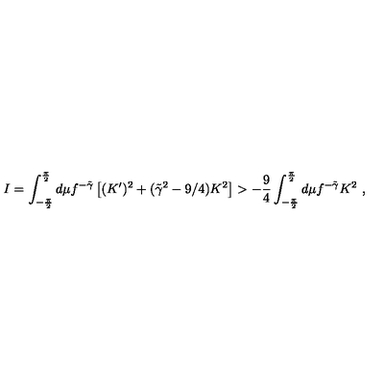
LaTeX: I = \int _ { - { \frac { \pi } { 2 } } } ^ { \frac { \pi } { 2 } } d \mu f ^ { - \tilde { \gamma } } \left[ ( K ^ { \prime } ) ^ { 2 } + ( \tilde { \gamma } ^ { 2 } - 9 / 4 ) K ^ { 2 } \right] > { - { \frac { 9 } { 4 } } } \int _ { - { \frac { \pi } { 2 } } } ^ { \frac { \pi } { 2 } } d \mu f ^ { - \tilde { \gamma } } K ^ { 2 } \ ,